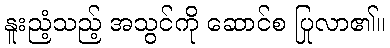
နူးညံ့သည့် အသွင်ကို ဆောင်စ ပြုလာ၏။